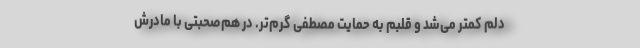
دلم کمتر می‌شد و قلبم به حمایت مصطفی گرم‌تر. در هم‌صحبتی با مادرش